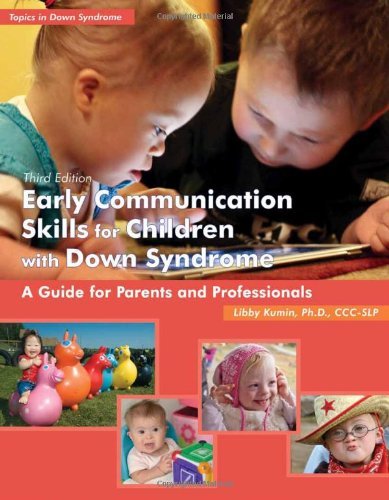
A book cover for EARLY COMMUNICATION SKILLS FOR CHILDREN (Topics in Down Syndrome) by LIBBY KUMIN (15-Jul-2012) Paperback; LIBBY KUMIN; Health, Fitness & Dieting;